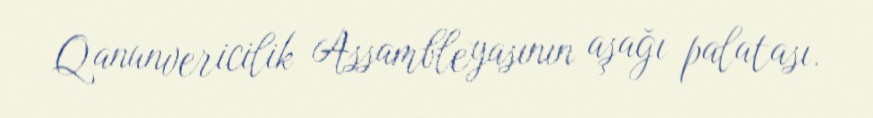
Qanunvericilik Assambleyasının aşağı palatası.